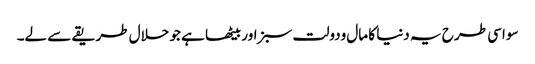
سو اسی طر ح یہ دنیا کا مال ودولت سبز اور بیٹھا ہے جو حلال طریقے سے لے۔